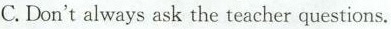
C. Don't always ask the teacher questions.